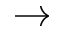
\to